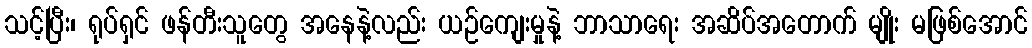
သင့်ပြီး၊ ရုပ်ရှင် ဖန်တီးသူတွေ အနေနဲ့လည်း ယဉ်ကျေးမှုနဲ့ ဘာသာရေး အဆိပ်အတောက် မျိုး မဖြစ်အောင်